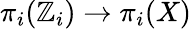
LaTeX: \pi_{i}(\mathbb{Z}_{i})\to\pi_{i}(X)